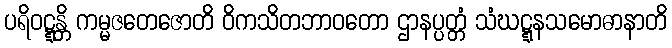
ပရိဝဋ္ဋန္တိ ကမ္မဇတေဇောတိ ဝိကသိတဘာဝတော ဌာနပ္ပတ္တံ သံဃဋ္ဋနသမောဓာနာတိ